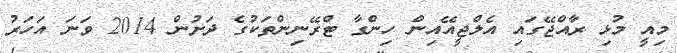
މިއީ މުޅި ރާއްޖޭގައި އެލްޖީއޭއިން ހިންގާ ޓްރޭނިންތަކުގެ ދަށުން 2014 ވަނަ އަހަރު